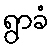
ရွာခံ